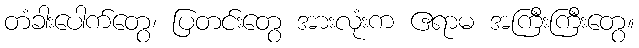
တံခါးပေါက်တွေ၊ ပြတင်းတွေ အားလုံးက ဧရာမ အကြီးကြီးတွေ။